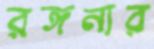
রঙ্গনার